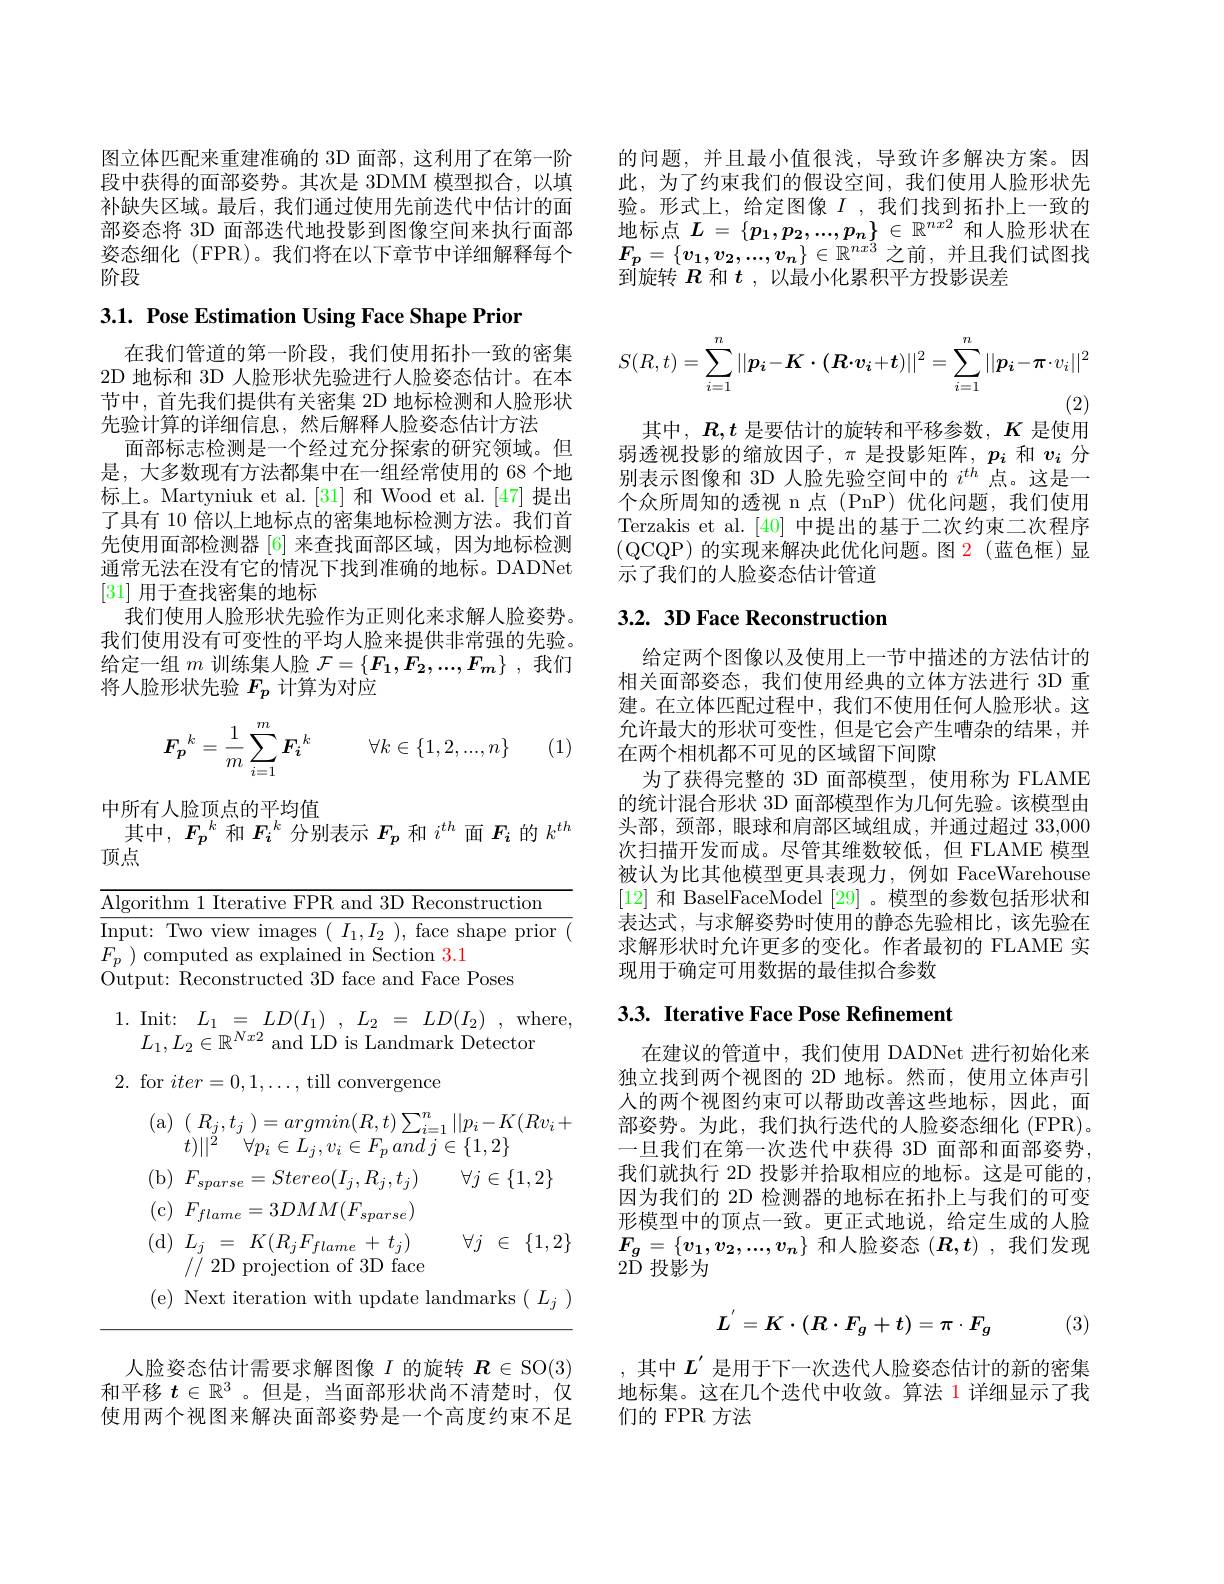
图立体匹配来重建准确的 3D 面部，这利用了在第一阶段中获得的面部姿势。其次是 3DMM 模型拟合，以填补缺失区域。最后，我们通过使用先前迭代中估计的面部姿态将 3D 面部迭代地投影到图像空间来执行面部姿态细化 (FPR)。我们将在以下章节中详细解释每个阶段

3.1. Pose Estimation Using Face Shape Prior

在我们管道的第一阶段，我们使用拓扑一致的密集2D 地标和 3D 人脸形状先验进行人脸姿态估计。在本节中，首先我们提供有关密集 2D 地标检测和人脸形状先验计算的详细信息，然后解释人脸姿态估计方法
面部标志检测是一个经过充分探索的研究领域。但是，大多数现有方法都集中在一组经常使用的 68 个地标上。Martyniuk et al.[31] 和 Wood et al.[47] 提出了具有 10 倍以上地标点的密集地标检测方法。我们首先使用面部检测器 [6] 来查找面部区域，因为地标检测通常无法在没有它的情况下找到准确的地标。DADNet [31]用于查找密集的地标
我们使用人脸形状先验作为正则化来求解人脸姿势。我们使用没有可变性的平均人脸来提供非常强的先验。给定一组$m$训练集人脸$\mathcal{F}=\{F_1,F_2,...,F_m\}$ ,我们将人脸形状先验$F_p$计算为对应
$$\boldsymbol{F_p}^k=\dfrac{1}{m}\sum\limits_{i=1}^m\boldsymbol{F_i}^k\quad\forall k\in\{1,2,...,n\}$$
(1)

中所有人脸顶点的平均值
其中，$F_{p}^{k}$和$F_{i}^{k}$分别表示$F_{p}$和$i^th$面$F_{i}$的$k^th$
顶点

1.Init:$L_1=LD(I_{1}),L_{2}=LD(I_{2})$,where,
$L_1,L_2\in\mathbb{R}^{Nx2}$ and LD is Landmark Detector
2. for $iter=0,1,\ldots$, till convergence
(a) ( $R_{j}, t_{j}$ $) = argmin( R, t) \sum _{i= 1}^{n}| | p_{i}- K( Rv_{i}+$
$t) | | ^{\ddot{2} }$ $\forall p_{i}\in L_{j}, v_{i}\in F_{p}$ and $j\in \{ 1, 2\}$ (b) $F_sparse= Stereo( I_j, R_j, t_j)$ $\forall j\in \{ 1, 2\}$ (c$)F_flame=3DMM(F_{sparse})$ (d) $L_j$ = $K( R_jF_{flame}+ t_j)$
$\forall j$ $\in$ $\{ 1, 2\}$
// 2D projection of 3D face
( e) Next iteration with update landmarks ( $L_{j}$ )

人脸姿态估计需要求解图像$I$的旋转$\boldsymbol{R}\in\operatorname{SO}(3)$ 和平移$t\in\mathbb{R}^3$ 。但是，当面部形状尚不清楚时，仅使用两个视图来解决面部姿势是一个高度约束不足

的问题，并且最小值很浅，导致许多解决方案。因此，为了约束我们的假设空间，我们使用人脸形状先验。形式上，给定图像$I$ ,我们找到拓扑上一致的地标点$L=\{p_1,p_2,...,p_n\}\in\mathbb{R}^{nx2}$和人脸形状在$F_p=\{v_1,v_2,...,v_n\}\in\mathbb{R}^{nx\bar{3}}$ 之前，并且我们试图找到旋转$R$和$t$ ,以最小化累积平方投影误差
$$S(R,t)=\sum_{i=1}^n||\boldsymbol{p_i}-\boldsymbol{K}\cdot(\boldsymbol{R}\cdot\boldsymbol{v_i}+\boldsymbol{t})||^2=\sum_{i=1}^n||\boldsymbol{p_i}-\boldsymbol{\pi}\cdot v_i||^2$$
(2)
其中，$R,t$是要估计的旋转和平移参数，$K$是使用弱透视投影的缩放因子，$\pi$是投影矩阵，$p_i$和$v_i$分别表示图像和 3D 人脸先验空间中的$i^{th}$点。这是一个众所周知的透视 n 点 (PnP)优化问题，我们使用Terzakis et al.[40]中提出的基于二次约束二次程序(QCQP)的实现来解决此优化问题。图 2(蓝色框)显示了我们的人脸姿态估计管道

# 3.2. 3D Face Reconstruction

给定两个图像以及使用上一节中描述的方法估计的相关面部姿态，我们使用经典的立体方法进行 3D 重建。在立体匹配过程中，我们不使用任何人脸形状。这允许最大的形状可变性，但是它会产生嘈杂的结果，并在两个相机都不可见的区域留下间隙
为了获得完整的 3D 面部模型，使用称为 FLAME 的统计混合形状 3D 面部模型作为几何先验。该模型由头部，颈部，眼球和肩部区域组成，并通过超过 33,000次扫描开发而成。尽管其维数较低，但 FLAME 模型被认为比其他模型更具表现力，例如 FaceWarehouse [12]和 BaselFaceModel [29] 。模型的参数包括形状和表达式，与求解姿势时使用的静态先验相比，该先验在求解形状时允许更多的变化。作者最初的 FLAME 实现用于确定可用数据的最佳拟合参数

# 3.3. Iterative Face Pose Refinement

在建议的管道中，我们使用 DADNet 进行初始化来独立找到两个视图的 2D 地标。然而，使用立体声引人的两个视图约束可以帮助改善这些地标，因此，面部姿势。为此，我们执行迭代的人脸姿态细化(FPR)。一旦我们在第一次迭代中获得 3D 面部和面部姿势， 我们就执行 2D 投影并拾取相应的地标。这是可能的， 因为我们的 2D 检测器的地标在拓扑上与我们的可变形模型中的顶点一致。更正式地说，给定生成的人脸$F_g=\{v_1,v_2,...,v_n\}$和人脸姿态$(R,t)$ ,我们发现$2\ddot{\mathrm{D}}$投影为
$$L^{'}=K\cdot(R\cdot F_g+t)=\pi\cdot F_g$$
(3)

,其中$L^{\prime}$是用于下一次迭代人脸姿态估计的新的密集地标集。这在几个迭代中收敛。算法 1 详细显示了我们的 FPR 方法